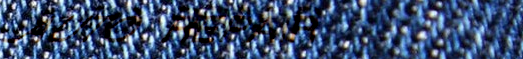
AUTO REPAIR